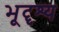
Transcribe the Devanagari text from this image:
भूदॄश्य